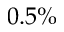
0 . 5 \%